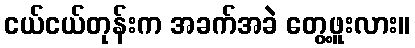
ငယ်ငယ်တုန်းက အခက်အခဲ တွေ့ဖူးလား။